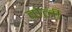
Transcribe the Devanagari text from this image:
वोर्ली